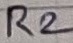
Text: R2